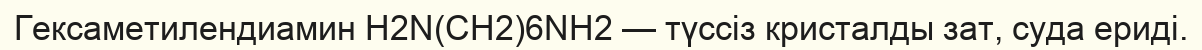
Гексаметилендиамин Н2N(CH2)6NH2 — түссіз кристалды зат, суда ериді.